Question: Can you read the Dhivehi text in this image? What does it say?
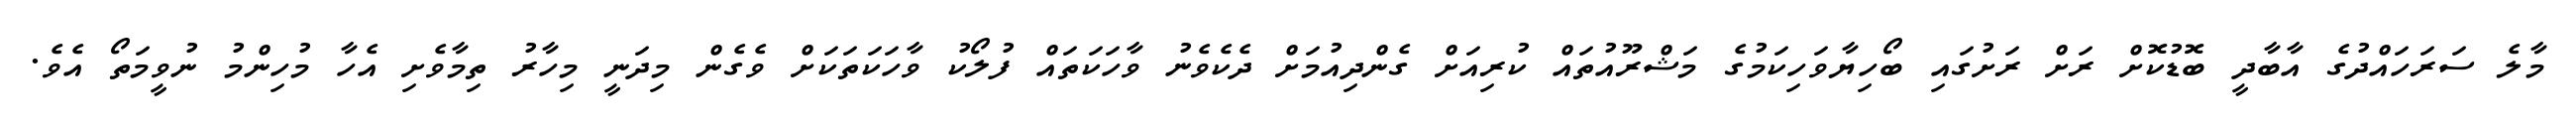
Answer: މާލެ ސަރަހައްދުގެ އާބާދީ ބޮޑުކޮށް ރަށް ރަށުގައި ބޯހިޔާވަހިކަމުގެ މަޝްރޫއުތައް ކުރިއަށް ގެންދިއުމަށް ދެކެވެނު ވާހަކަތައް ފުލޯކު ވާހަކަތަކަށް ވެގެން މިދަނީ މިހާރު ތިމާވެށި އެހާ މުހިންމު ނުވީމަތޯ އެވެ.